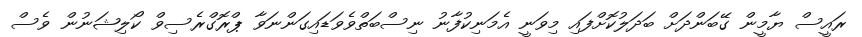
ރައީސް ޔާމީން ގޭބަންދަށް ބަދަލުކޮށްފައި މިވަނީ އެމަނިކުފާނު ނިސްބަތްވެވަޑައިގަންނަވާ ޕްރޮގްރެސިވް ކޯލިޝަނުން ވެސް